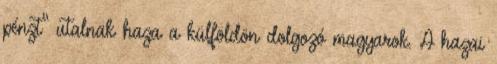
pénzt” utalnak haza a külföldön dolgozó magyarok. A hazai